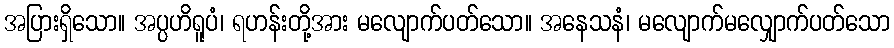
အပြားရှိသော။ အပ္ပဟိရူပံ၊ ရဟန်းတို့အား မလျောက်ပတ်သော။ အနေသနံ၊ မလျောက်မလျှောက်ပတ်သော